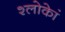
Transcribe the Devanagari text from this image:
श्लोकेां